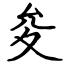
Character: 夋